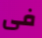
فى